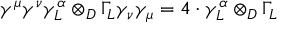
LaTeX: \gamma ^ { \mu } \gamma ^ { \nu } \gamma _ { L } ^ { \alpha } \otimes _ { D } \Gamma _ { L } \gamma _ { \nu } \gamma _ { \mu } = 4 \cdot \gamma _ { L } ^ { \alpha } \otimes _ { D } \Gamma _ { L }